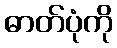
ဓာတ်ပုံကို